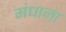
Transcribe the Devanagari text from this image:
मंधाना